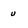
Character: u